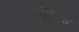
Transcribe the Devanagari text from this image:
तुंगिक